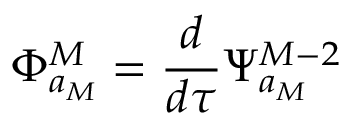
\Phi _ { a _ { M } } ^ { M } = \frac { d } { d \tau } \Psi _ { a _ { M } } ^ { M - 2 }